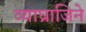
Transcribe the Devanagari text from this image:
व्याघ्राजिने